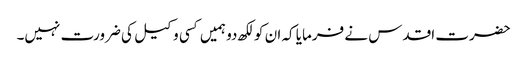
حضرت اقدس نے فرمایا کہ ان کو لکھ دو ہمیں کسی وکیل کی ضرورت نہیں۔